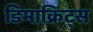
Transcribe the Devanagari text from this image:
डिमाक्रिट्स